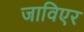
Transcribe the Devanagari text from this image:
जाविएर